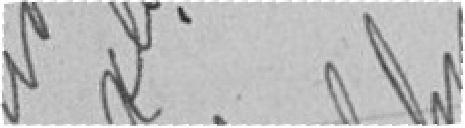
Vu et approuvé